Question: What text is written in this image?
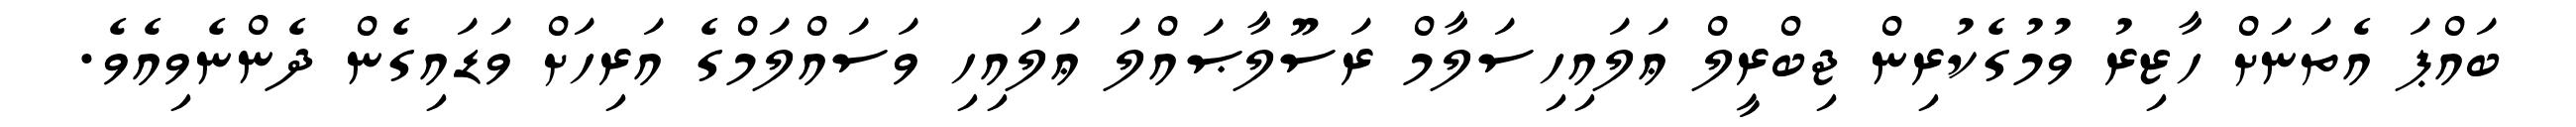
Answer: ބައްޕަ އެތަނަށް ހާޒިރު ވުމުގެކުރިން ޖިބްރީލް ޢަލައިހިސަލާމް ރަސޫލާޞައްލަ ޢަލައިހި ވަސައްލަމްގެ އަރިހަށް ވަޑައިގެން ދެންނެވިއެވެ.